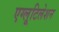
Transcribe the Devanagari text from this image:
एग्लूटिलेशन